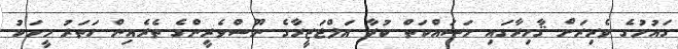
ގައުމުގެ ވެރިރަށް ޤާހިރާގައި މަސައްކަތް ކުރާ އަލްޖަޒީރާގެ ނޫސްވެރީންގެ ތެރެއިން ހަތަރު މީހަކު